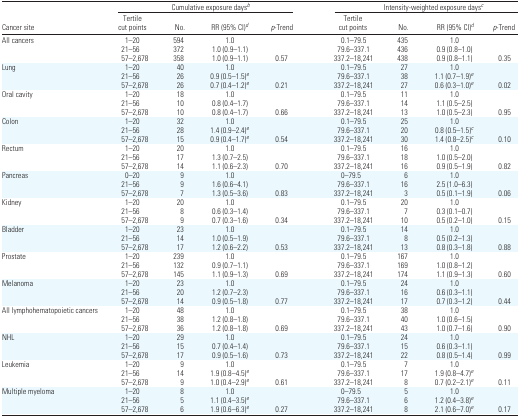
<table><thead><tr><td></td><td colspan="4"><b>Cumulative exposure days<i><sup>b</sup></i></b></td><td colspan="4"><b>Intensity-weighted exposure days<i><sup>c</sup></i></b></td></tr><tr><td><b>Cancer site</b></td><td><b>Tertile cut points</b></td><td><b>No.</b></td><td><b>RR (95% CI)<i><sup>d</sup></i></b></td><td><b><i>p</i>-Trend</b></td><td><b>Tertile cut points</b></td><td><b>No.</b></td><td><b>RR (95% CI)<i><sup>d</sup></i></b></td><td><b><i>p</i>-Trend</b></td></tr></thead><tbody><tr><td>All cancers</td><td>1–20</td><td>594</td><td>1.0</td><td></td><td>0.1–79.5</td><td>435</td><td>1.0</td><td></td></tr><tr><td></td><td>21–56</td><td>372</td><td>1.0 (0.9–1.1)</td><td></td><td>79.6–337.1</td><td>436</td><td>0.9 (0.8–1.0)</td><td></td></tr><tr><td></td><td>57–2,678</td><td>358</td><td>1.0 (0.9–1.1)</td><td>0.57</td><td>337.2–18,241</td><td>438</td><td>0.9 (0.8–1.1)</td><td>0.35</td></tr><tr><td>Lung</td><td>1–20</td><td>40</td><td>1.0</td><td></td><td>0.1–79.5</td><td>27</td><td>1.0</td><td></td></tr><tr><td></td><td>21–56</td><td>26</td><td>0.9 (0.5–1.5)<i><sup>e</sup></i></td><td></td><td>79.6–337.1</td><td>38</td><td>1.1 (0.7–1.9)<i><sup>e</sup></i></td><td></td></tr><tr><td></td><td>57–2,678</td><td>26</td><td>0.7 (0.4–1.2)<i><sup>e</sup></i></td><td>0.21</td><td>337.2–18,241</td><td>27</td><td>0.6 (0.3–1.0)<i><sup>e</sup></i></td><td>0.02</td></tr><tr><td>Oral cavity</td><td>1–20</td><td>18</td><td>1.0</td><td></td><td>0.1–79.5</td><td>11</td><td>1.0</td><td></td></tr><tr><td></td><td>21–56</td><td>10</td><td>0.8 (0.4–1.7)</td><td></td><td>79.6–337.1</td><td>14</td><td>1.1 (0.5–2.5)</td><td></td></tr><tr><td></td><td>57–2,678</td><td>10</td><td>0.8 (0.4–1.7)</td><td>0.66</td><td>337.2–18,241</td><td>13</td><td>1.0 (0.5–2.3)</td><td>0.95</td></tr><tr><td>Colon</td><td>1–20</td><td>32</td><td>1.0</td><td></td><td>0.1–79.5</td><td>25</td><td>1.0</td><td></td></tr><tr><td></td><td>21–56</td><td>28</td><td>1.4 (0.9–2.4)<i><sup>e</sup></i></td><td></td><td>79.6–337.1</td><td>20</td><td>0.8 (0.5–1.5)<i><sup>c</sup></i></td><td></td></tr><tr><td></td><td>57–2,678</td><td>15</td><td>0.9 (0.4–1.7)<i><sup>e</sup></i></td><td>0.54</td><td>337.2–18,241</td><td>30</td><td>1.4 (0.8–2.5)<i><sup>c</sup></i></td><td>0.10</td></tr><tr><td>Rectum</td><td>1–20</td><td>20</td><td>1.0</td><td></td><td>0.1–79.5</td><td>16</td><td>1.0</td><td></td></tr><tr><td></td><td>21–56</td><td>17</td><td>1.3 (0.7–2.5)</td><td></td><td>79.6–337.1</td><td>18</td><td>1.0 (0.5–2.0)</td><td></td></tr><tr><td></td><td>57–2,678</td><td>14</td><td>1.1 (0.6–2.3)</td><td>0.70</td><td>337.2–18,241</td><td>16</td><td>0.9 (0.5–1.9)</td><td>0.82</td></tr><tr><td>Pancreas</td><td>0–20</td><td>9</td><td>1.0</td><td></td><td>0–79.5</td><td>6</td><td>1.0</td><td></td></tr><tr><td></td><td>21–56</td><td>9</td><td>1.6 (0.6–4.1)</td><td></td><td>79.6–337.1</td><td>16</td><td>2.5 (1.0–6.3)</td><td></td></tr><tr><td></td><td>57–2,678</td><td>7</td><td>1.3 (0.5–3.6)</td><td>0.83</td><td>337.2–18,241</td><td>3</td><td>0.5 (0.1–1.9)</td><td>0.06</td></tr><tr><td>Kidney</td><td>1–20</td><td>20</td><td>1.0</td><td></td><td>0.1–79.5</td><td>20</td><td>1.0</td><td></td></tr><tr><td></td><td>21–56</td><td>8</td><td>0.6 (0.3–1.4)</td><td></td><td>79.6–337.1</td><td>7</td><td>0.3 (0.1–0.7)</td><td></td></tr><tr><td></td><td>57–2,678</td><td>9</td><td>0.7 (0.3–1.6)</td><td>0.34</td><td>337.2–18,241</td><td>10</td><td>0.5 (0.2–1.0)</td><td>0.15</td></tr><tr><td>Bladder</td><td>1–20</td><td>23</td><td>1.0</td><td></td><td>0.1–79.5</td><td>14</td><td>1.0</td><td></td></tr><tr><td></td><td>21–56</td><td>14</td><td>1.0 (0.5–1.9)</td><td></td><td>79.6–337.1</td><td>8</td><td>0.5 (0.2–1.3)</td><td></td></tr><tr><td></td><td>57–2,678</td><td>17</td><td>1.2 (0.6–2.2)</td><td>0.53</td><td>337.2–18,241</td><td>13</td><td>0.8 (0.3–1.8)</td><td>0.88</td></tr><tr><td>Prostate</td><td>1–20</td><td>239</td><td>1.0</td><td></td><td>0.1–79.5</td><td>167</td><td>1.0</td><td></td></tr><tr><td></td><td>21–56</td><td>132</td><td>0.9 (0.7–1.1)</td><td></td><td>79.6–337.1</td><td>169</td><td>1.0 (0.8–1.2)</td><td></td></tr><tr><td></td><td>57–2,678</td><td>145</td><td>1.1 (0.9–1.3)</td><td>0.69</td><td>337.2–18,241</td><td>174</td><td>1.1 (0.9–1.3)</td><td>0.60</td></tr><tr><td>Melanoma</td><td>1–20</td><td>23</td><td>1.0</td><td></td><td>0.1–79.5</td><td>24</td><td>1.0</td><td></td></tr><tr><td></td><td>21–56</td><td>20</td><td>1.2 (0.7–2.3)</td><td></td><td>79.6–337.1</td><td>16</td><td>0.6 (0.3–1.1)</td><td></td></tr><tr><td></td><td>57–2,678</td><td>14</td><td>0.9 (0.5–1.8)</td><td>0.77</td><td>337.2–18,241</td><td>17</td><td>0.7 (0.3–1.2)</td><td>0.44</td></tr><tr><td>All lymphohematopoietic cancers</td><td>1–20</td><td>48</td><td>1.0</td><td></td><td>0.1–79.5</td><td>38</td><td>1.0</td><td></td></tr><tr><td></td><td>21–56</td><td>38</td><td>1.2 (0.8–1.8)</td><td></td><td>79.6–337.1</td><td>40</td><td>1.0 (0.6–1.5)</td><td></td></tr><tr><td></td><td>57–2,678</td><td>36</td><td>1.2 (0.8–1.8)</td><td>0.69</td><td>337.2–18,241</td><td>43</td><td>1.0 (0.7–1.6)</td><td>0.90</td></tr><tr><td>NHL</td><td>1–20</td><td>29</td><td>1.0</td><td></td><td>0.1–79.5</td><td>24</td><td>1.0</td><td></td></tr><tr><td></td><td>21–56</td><td>15</td><td>0.7 (0.4–1.4)</td><td></td><td>79.6–337.1</td><td>15</td><td>0.6 (0.3–1.1)</td><td></td></tr><tr><td></td><td>57–2,678</td><td>17</td><td>0.9 (0.5–1.6)</td><td>0.73</td><td>337.2–18,241</td><td>22</td><td>0.8 (0.5–1.4)</td><td>0.99</td></tr><tr><td>Leukemia</td><td>1–20</td><td>9</td><td>1.0</td><td></td><td>0.1–79.5</td><td>7</td><td>1.0</td><td></td></tr><tr><td></td><td>21–56</td><td>14</td><td>1.9 (0.8–4.5)<i><sup>e</sup></i></td><td></td><td>79.6–337.1</td><td>17</td><td>1.9 (0.8–4.7)<i><sup>e</sup></i></td><td></td></tr><tr><td></td><td>57–2,678</td><td>9</td><td>1.0 (0.4–2.9)<i><sup>e</sup></i></td><td>0.61</td><td>337.2–18,241</td><td>8</td><td>0.7 (0.2–2.1)<i><sup>e</sup></i></td><td>0.11</td></tr><tr><td>Multiple myeloma</td><td>1–20</td><td>8</td><td>1.0</td><td></td><td>0–79.5</td><td>5</td><td>1.0</td><td></td></tr><tr><td></td><td>21–56</td><td>5</td><td>1.1 (0.4–3.5)<i><sup>e</sup></i></td><td></td><td>79.6–337.1</td><td>6</td><td>1.2 (0.4–3.8)<i><sup>e</sup></i></td><td></td></tr><tr><td></td><td>57–2,678</td><td>6</td><td>1.9 (0.6–6.3)<i><sup>e</sup></i></td><td>0.27</td><td>337.2–18,241</td><td>8</td><td>2.1 (0.6–7.0)<i><sup>e</sup></i></td><td>0.17</td></tr></tbody></table>